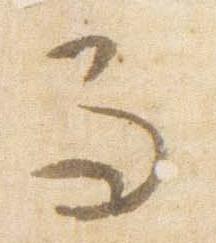
而